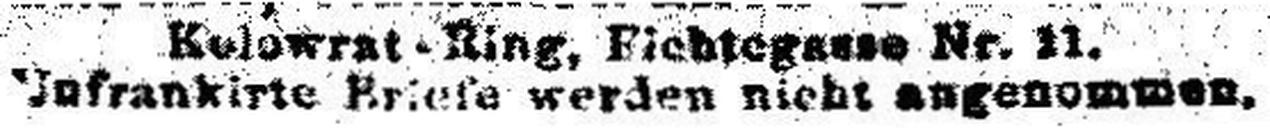
Unfraukir### Briefe werden nicht angenommen.